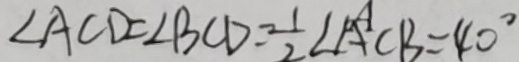
\angle A C D = \angle B C D = \frac { 1 } { 2 } \angle A C B = 4 0 ^ { \circ }